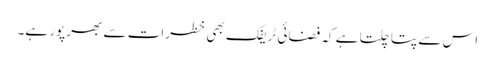
اس سے پتا چلتا ہے کہ فضائی ٹریفک بھی خطرات سے بھرپور ہے۔